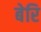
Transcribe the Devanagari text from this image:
बेरि